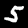
Label: 5